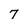
Character: 7